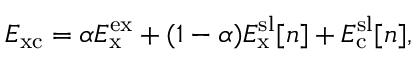
E _ { \mathrm { x c } } = \alpha E _ { \mathrm { x } } ^ { \mathrm { e x } } + ( 1 - \alpha ) E _ { \mathrm { x } } ^ { \mathrm { s l } } [ n ] + E _ { \mathrm { c } } ^ { \mathrm { s l } } [ n ] ,